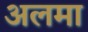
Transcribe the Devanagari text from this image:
अलमा